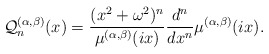
\begin{align*}\mathcal{Q}^{(\alpha,\beta)}_{n}(x)=\dfrac{(x^2+\omega^2)^n}{\mu^{(\alpha, \beta)}(ix)} \dfrac{d^n}{dx^n}\mu^{(\alpha, \beta)}(ix).\end{align*}